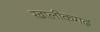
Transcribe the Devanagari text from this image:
खालीकगढ़